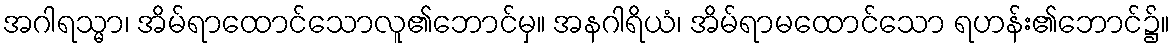
အဂါရသ္မာ၊ အိမ်ရာထောင်သောလူ၏ဘောင်မှ။ အနဂါရိယံ၊ အိမ်ရာမထောင်သော ရဟန်း၏ဘောင်၌။